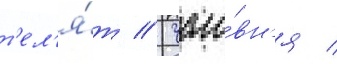
т'ел'я́т // Часо́вн'я /